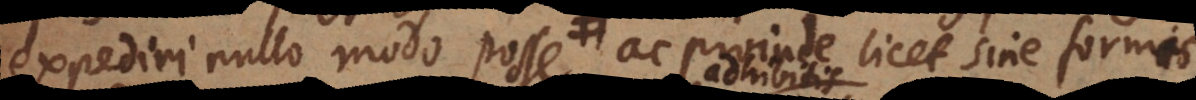
expediri nullo modo posse, ac perinde licet sine formis